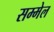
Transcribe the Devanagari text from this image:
सम्‍मेल